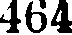
464